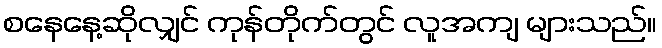
စနေနေ့ဆိုလျှင် ကုန်တိုက်တွင် လူအကျ များသည်။